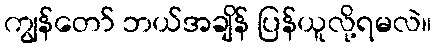
ကျွန်တော် ဘယ်အချိန် ပြန်ယူလို့ရမလဲ။